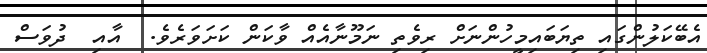
އެބޭކަލުންގައި ތިޔަބައިމީހުންނަށް ރިވެތި ނަމޫނާއެއް ވާކަން ކަށަވަރެވެ.  އާއި  ދުވަސް